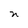
Character: n